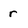
Character: r